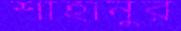
শাহানুর